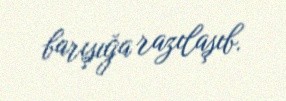
barışığa razılaşıb.